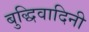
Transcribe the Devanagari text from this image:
बुद्धिवादिनी